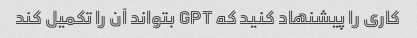
کاری را پیشنهاد کنید که GPT بتواند آن را تکمیل کند